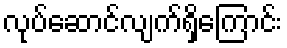
လုပ်ဆောင်လျက်ရှိကြောင်း